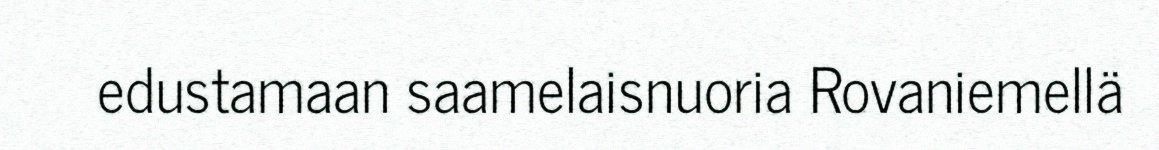
edustamaan saamelaisnuoria Rovaniemellä